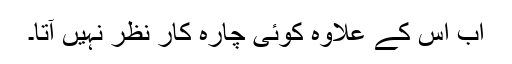
اب اس کے علاوہ کوئی چارہ کار نظر نہیں آتا۔